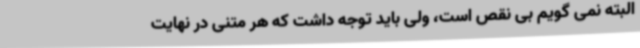
البته نمی گویم بی نقص است، ولی باید توجه داشت که هر متنی در نهایت